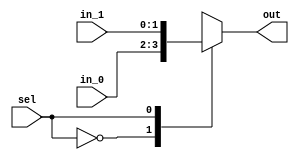
/*
 * Generated by Digital. Don't modify this file!
 * Any changes will be lost if this file is regenerated.
 */

module Mux_2x1_NBits #(
    parameter Bits = 2
)
(
    input [0:0] sel,
    input [(Bits - 1):0] in_0,
    input [(Bits - 1):0] in_1,
    output reg [(Bits - 1):0] out
);
    always @ (*) begin
        case (sel)
            1'h0: out = in_0;
            1'h1: out = in_1;
            default:
                out = 'h0;
        endcase
    end
endmodule


module DIG_D_FF_AS_1bit
#(
    parameter Default = 0
)
(
   input Set,
   input D,
   input C,
   input Clr,
   output Q,
   output \~Q
);
    reg state;

    assign Q = state;
    assign \~Q  = ~state;

    always @ (posedge C or posedge Clr or posedge Set)
    begin
        if (Set)
            state <= 1'b1;
        else if (Clr)
            state <= 'h0;
        else
            state <= D;
    end

    initial begin
        state = Default;
    end
endmodule

module Mux_4x1
(
    input [1:0] sel,
    input in_0,
    input in_1,
    input in_2,
    input in_3,
    output reg out
);
    always @ (*) begin
        case (sel)
            2'h0: out = in_0;
            2'h1: out = in_1;
            2'h2: out = in_2;
            2'h3: out = in_3;
            default:
                out = 'h0;
        endcase
    end
endmodule


module downcounterOneDigit (
  input EN,
  input LOAD,
  input [3:0] IN,
  input CLK,
  input RESET,
  output [3:0] CNT,
  output ZERO
);
  wire s0;
  wire s1;
  wire s2;
  wire s3;
  wire s4;
  wire s5;
  wire s6;
  wire s7;
  wire s8;
  wire s9;
  wire s10;
  wire s11;
  wire s12;
  wire s13;
  wire s14;
  wire s15;
  wire s16;
  wire [1:0] s17;
  wire [1:0] s18;
  wire [1:0] s19;
  wire [1:0] s20;
  wire s21;
  wire s22;
  wire s23;
  assign s5 = ~ RESET;
  assign s17[0] = EN;
  assign s17[1] = LOAD;
  assign s0 = IN[0];
  assign s1 = IN[1];
  assign s2 = IN[2];
  assign s3 = IN[3];
  DIG_D_FF_AS_1bit #(
    .Default(0)
  )
  DIG_D_FF_AS_1bit_i0 (
    .Set( 1'b0 ),
    .D( s4 ),
    .C( CLK ),
    .Clr( s5 ),
    .Q( s6 ),
    .\~Q ( s7 )
  );
  DIG_D_FF_AS_1bit #(
    .Default(0)
  )
  DIG_D_FF_AS_1bit_i1 (
    .Set( 1'b0 ),
    .D( s8 ),
    .C( CLK ),
    .Clr( s5 ),
    .Q( s9 ),
    .\~Q ( s10 )
  );
  DIG_D_FF_AS_1bit #(
    .Default(0)
  )
  DIG_D_FF_AS_1bit_i2 (
    .Set( 1'b0 ),
    .D( s11 ),
    .C( CLK ),
    .Clr( s5 ),
    .Q( s12 ),
    .\~Q ( s13 )
  );
  DIG_D_FF_AS_1bit #(
    .Default(0)
  )
  DIG_D_FF_AS_1bit_i3 (
    .Set( 1'b0 ),
    .D( s14 ),
    .C( CLK ),
    .Clr( s5 ),
    .Q( s15 ),
    .\~Q ( s16 )
  );
  Mux_4x1 Mux_4x1_i4 (
    .sel( s17 ),
    .in_0( s6 ),
    .in_1( s7 ),
    .in_2( s0 ),
    .in_3( s0 ),
    .out( s4 )
  );
  Mux_4x1 Mux_4x1_i5 (
    .sel( s18 ),
    .in_0( s9 ),
    .in_1( s10 ),
    .in_2( s1 ),
    .in_3( s1 ),
    .out( s8 )
  );
  Mux_4x1 Mux_4x1_i6 (
    .sel( s19 ),
    .in_0( s12 ),
    .in_1( s13 ),
    .in_2( s2 ),
    .in_3( s2 ),
    .out( s11 )
  );
  Mux_4x1 Mux_4x1_i7 (
    .sel( s20 ),
    .in_0( s15 ),
    .in_1( s16 ),
    .in_2( s3 ),
    .in_3( s3 ),
    .out( s14 )
  );
  assign s18[0] = s21;
  assign s18[1] = LOAD;
  assign s19[0] = s22;
  assign s19[1] = LOAD;
  assign s20[0] = s23;
  assign s20[1] = LOAD;
  assign s21 = (s7 & EN);
  assign CNT[0] = s6;
  assign CNT[1] = s9;
  assign CNT[2] = s12;
  assign CNT[3] = s15;
  assign s22 = (s10 & s21);
  assign s23 = (s22 & s13);
  assign ZERO = (s16 & s23);
endmodule

module downcounter (
  input c1khz,
  input [3:0] pm10,
  input [3:0] pm1,
  input [3:0] ps10,
  input [3:0] ps1,
  input load,
  input count,
  input rst,
  output [3:0] s1,
  output [3:0] s2,
  output [3:0] m1,
  output [3:0] m10,
  output zero
);
  wire s0;
  wire s3;
  wire s4;
  wire s5;
  wire s6;
  wire s7;
  wire [3:0] s8;
  wire [3:0] s9;
  wire [3:0] s10;
  wire [3:0] s11;
  wire [3:0] s12;
  wire [3:0] s13;
  wire s14;
  wire s15;
  assign s8[0] = 1'b1;
  assign s8[1] = 1'b0;
  assign s8[2] = 1'b0;
  assign s8[3] = 1'b1;
  assign s10[0] = 1'b1;
  assign s10[1] = 1'b0;
  assign s10[2] = 1'b1;
  assign s10[3] = 1'b0;
  Mux_2x1_NBits #(
    .Bits(4)
  )
  Mux_2x1_NBits_i0 (
    .sel( load ),
    .in_0( s8 ),
    .in_1( ps1 ),
    .out( s9 )
  );
  Mux_2x1_NBits #(
    .Bits(4)
  )
  Mux_2x1_NBits_i1 (
    .sel( load ),
    .in_0( s10 ),
    .in_1( ps10 ),
    .out( s11 )
  );
  Mux_2x1_NBits #(
    .Bits(4)
  )
  Mux_2x1_NBits_i2 (
    .sel( load ),
    .in_0( s8 ),
    .in_1( pm1 ),
    .out( s12 )
  );
  Mux_2x1_NBits #(
    .Bits(4)
  )
  Mux_2x1_NBits_i3 (
    .sel( load ),
    .in_0( s8 ),
    .in_1( pm10 ),
    .out( s13 )
  );
  assign s3 = (load | s0);
  assign s5 = (load | s4);
  assign s7 = (load | s6);
  assign s15 = (s14 | load);
  downcounterOneDigit downcounterOneDigit_i4 (
    .EN( count ),
    .LOAD( s15 ),
    .IN( s9 ),
    .CLK( c1khz ),
    .RESET( rst ),
    .CNT( s1 ),
    .ZERO( s14 )
  );
  downcounterOneDigit downcounterOneDigit_i5 (
    .EN( s14 ),
    .LOAD( s3 ),
    .IN( s11 ),
    .CLK( c1khz ),
    .RESET( rst ),
    .CNT( s2 ),
    .ZERO( s0 )
  );
  downcounterOneDigit downcounterOneDigit_i6 (
    .EN( s0 ),
    .LOAD( s5 ),
    .IN( s12 ),
    .CLK( c1khz ),
    .RESET( rst ),
    .CNT( m1 ),
    .ZERO( s4 )
  );
  downcounterOneDigit downcounterOneDigit_i7 (
    .EN( s4 ),
    .LOAD( s7 ),
    .IN( s13 ),
    .CLK( c1khz ),
    .RESET( rst ),
    .CNT( m10 ),
    .ZERO( s6 )
  );
  assign zero = (s14 & s0 & s4 & s6);
endmodule